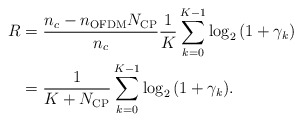
\begin{align*} \begin{aligned} R &= \frac{{{n_c} - {n_{\rm{OFDM}}}{N_{\rm{CP}}}}}{{{n_c}}}\frac{1}{{K}}\sum\limits_{k = 0}^{K - 1} {{{\log }_2}\left( {1 + {\gamma}_k} \right)}\\ &= \frac{1}{{K + {N_{{\rm{CP}}}}}}\sum\limits_{k = 0}^{K - 1} {{{\log }_2}\left( {1 + {\gamma _k}} \right)}. \end{aligned} \end{align*}